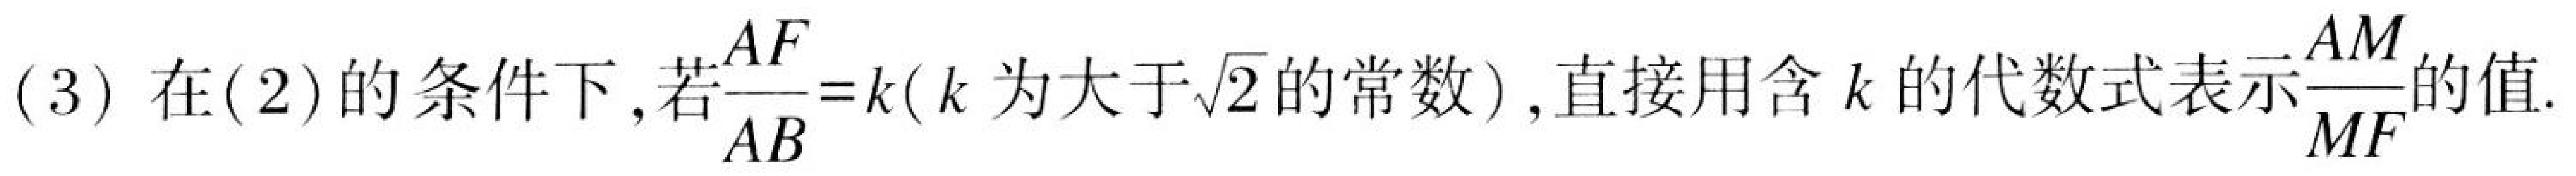
(3) 在(2)的条件下,若$\frac{AF}{AB}=k$($k$为大于$\sqrt{2}$的常数), 直接用含$k$的代数式表示$\frac{AM}{MF}$的值.